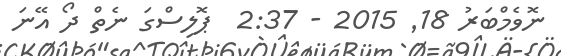
ނޮވެމްބަރު 18